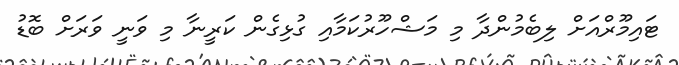
ޓަައިމޫރްއަށް ލިބެމުންދާ މި މަޝްހޫރުކަމާއި ގުޅިގެން ކަރީނާ މި ވަނީ ވަރަށް ބޮޑު